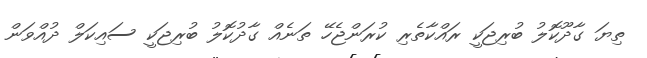
ތިޔަ ގާދޫކޮލު ބުރިޖަކީ ރައްކާތެރި ކުރަންޖެހޭ ތަނެއް ގާދުކޮލު ބުރިޖަކީ ސައިކަލް ދުއްވަން